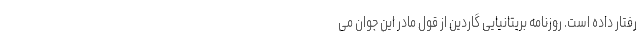
رفتار داده است. روزنامه بریتانیایی گاردین از قول مادر این جوان می